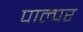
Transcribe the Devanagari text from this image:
पाल्पर